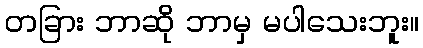
တခြား ဘာဆို ဘာမှ မပါသေးဘူး။